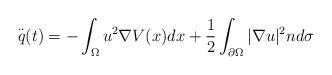
LaTeX: \begin{align*}\overset{..}{q}(t)=-\int_{\Omega }u^{2}\nabla V(x)dx+\frac{1}{2}\int_{\partial \Omega }|\nabla u|^{2}nd\sigma \end{align*}